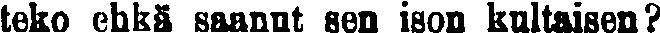
teko ehkä saanut sen ison kultaisen?